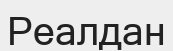
Реалдан